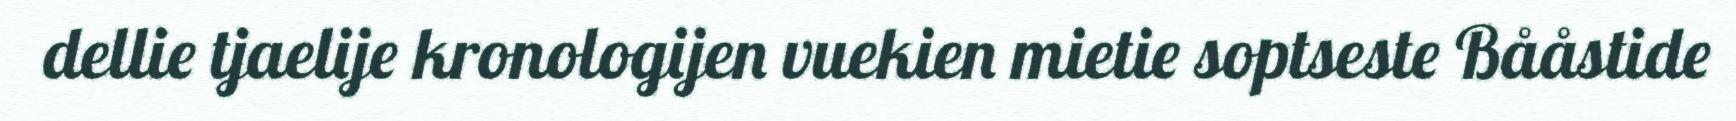
dellie tjaelije kronologijen vuekien mietie soptseste Bååstide